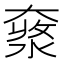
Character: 𡙥